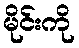
မိုင်းကို